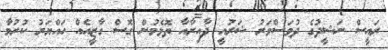
ރައީސް ނަޝީދުގެ ދުވަސްވަރު ޝަރުއީ ދާއިރާއާ ތޮޅެމުން ގޮސް ގާޒީއެއް ހައްޔަރު ކުރުމާ